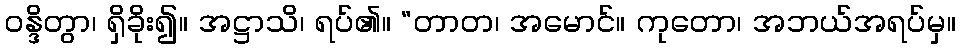
ဝန္ဒိတွာ၊ ရှိခိုး၍။ အဋ္ဌာသိ၊ ရပ်၏။ “တာတ၊ အမောင်။ ကုတော၊ အဘယ်အရပ်မှ။